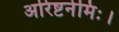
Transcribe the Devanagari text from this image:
अरिष्टनेमिः।